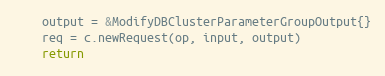
Language: Go
	output = &ModifyDBClusterParameterGroupOutput{}
	req = c.newRequest(op, input, output)
	return